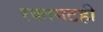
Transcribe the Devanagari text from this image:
रक्तगटही